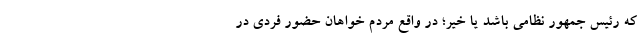
که رئیس جمهور نظامی باشد یا خیر؛ در واقع مردم خواهان حضور فردی در